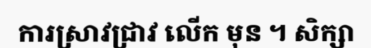
ការស្រាវជ្រាវ លើក មុន ។ សិក្សា